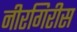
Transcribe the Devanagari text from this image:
नीरगिरीस